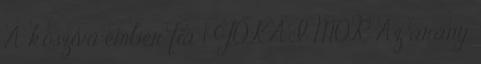
A kőszívű ember fia 1 JÓKAI MÓR Az arany